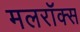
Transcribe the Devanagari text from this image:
मलरॉक्स